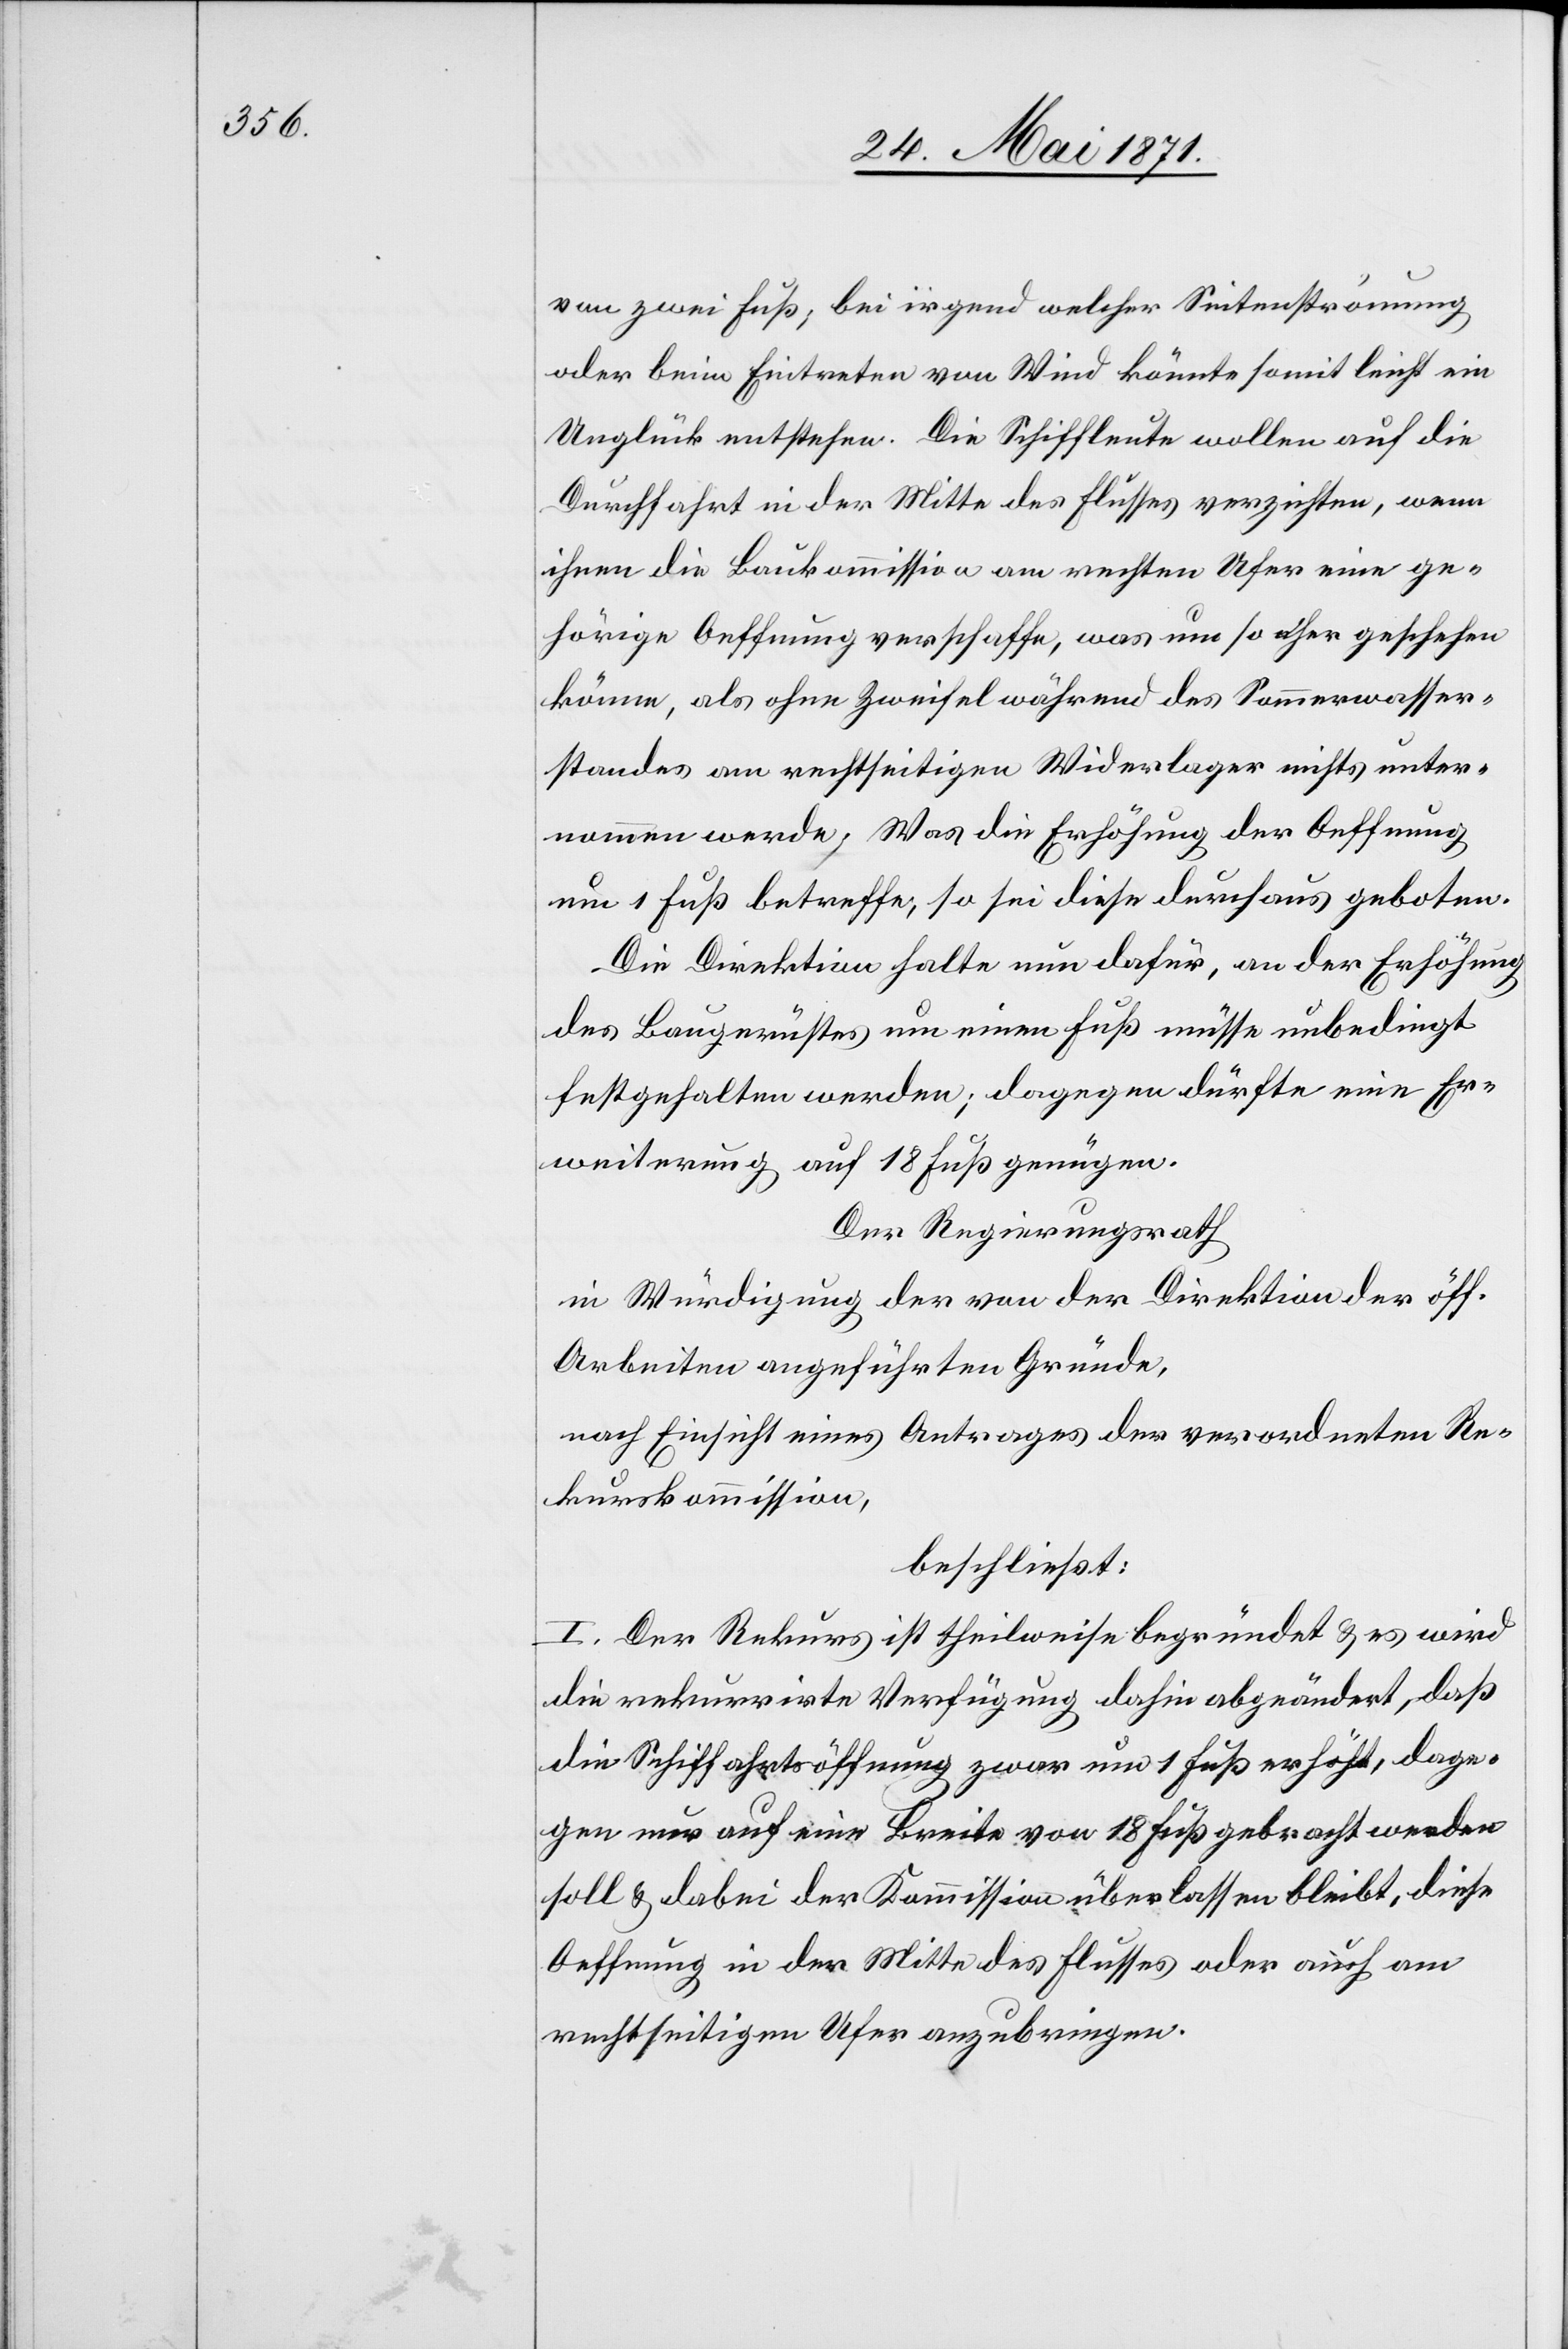
von zwei Fuß, bei irgend welcher Seitenströmung
oder beim Eintreten von Wind könnte somit leicht ein
Unglück entstehen. Die Schiffleute wollen auf die
Durchfahrt in der Mitte des Flusses verzichten, wenn
ihnen die Baukommission am rechten Ufer eine ge¬
hörige Oeffnung verschaffe, was um so eher geschehen
könne, als ohne Zweifel während des Sommerwasser¬
standes am rechtseitigen Widerlager nichts unter¬
nommen werde. Was die Erhöhung der Oeffnung
um 1 Fuß betreffe, so sei diese durchaus geboten.
Die Direktion halte nun dafür, an der Erhöhung
des Baugerüstes um einen Fuß müsse unbedingt
festgehalten werden; dagegen dürfte eine Er¬
weiterung auf 18 Fuß genügen.
Der Regierungsrath
in Würdigung der von der Direktion der öff.
Arbeiten angeführten Gründe,
nach Einsicht eines Antrages der verordneten Re¬
kurskommission,
beschließt:
I. Der Rekurs ist theilweise begründet u. es wird
die rekurrirte Verfügung dahin abgeändert, daß
die Schiffahrtsöffnung zwar um 1 Fuß erhöht, dage¬
gen nur auf eine Breite von 18 Fuß gebracht werden
soll u. dabei der Kommission überlassen bleibt, diese
Oeffnung in der Mitte des Flusses oder auch am
rechtseitigen Ufer anzubringen.